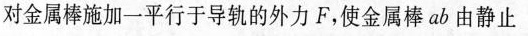
对金属棒施加一平行于导轨的外力F，使金属棒ab由静止